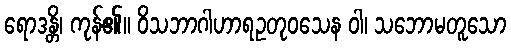
ရောဒန္တိ၊ ကုန်၏။ ဝိသဘာဂါဟာရဥတုဝသေန ဝါ၊ သဘောမတူသော